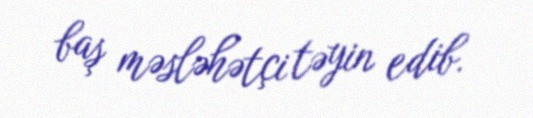
baş məsləhətçi təyin edib.